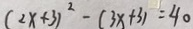
( 2 x + 3 ) ^ { 2 } - ( 3 x + 3 ) = 4 0